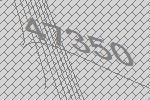
47350